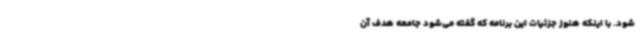
شود. با اینکه هنوز جزئیات این برنامه که گفته می‌شود جامعه هدف آن